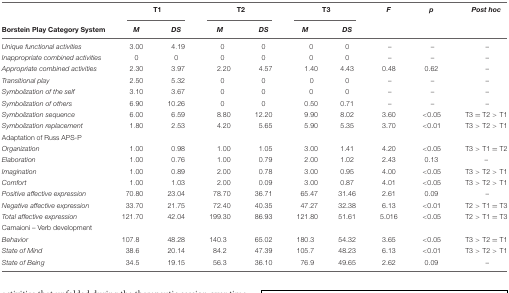
<table><thead><tr><td></td><td colspan="2"><b>T1</b></td><td colspan="2"><b>T2</b></td><td colspan="2"><b>T3</b></td><td><b><i>F</i></b></td><td><b><i>p</i></b></td><td><b><i>Post hoc</i></b></td></tr><tr><td><b>Borstein Play Category System</b></td><td><b><i>M</i></b></td><td><b><i>DS</i></b></td><td><b><i>M</i></b></td><td><b><i>DS</i></b></td><td><b><i>M</i></b></td><td><b><i>DS</i></b></td><td></td><td></td><td></td></tr></thead><tbody><tr><td><i>Unique functional activities</i></td><td>3.00</td><td>4.19</td><td>0</td><td>0</td><td>0</td><td>0</td><td>–</td><td>–</td><td>–</td></tr><tr><td><i>Inappropriate combined activities</i></td><td>0</td><td>0</td><td>0</td><td>0</td><td>0</td><td>0</td><td>–</td><td>–</td><td>–</td></tr><tr><td><i>Appropriate combined activities</i></td><td>2.30</td><td>3.97</td><td>2.20</td><td>4.57</td><td>1.40</td><td>4.43</td><td>0.48</td><td>0.62</td><td>–</td></tr><tr><td><i>Transitional play</i></td><td>2.50</td><td>5.32</td><td>0</td><td>0</td><td>0</td><td>0</td><td>–</td><td>–</td><td>–</td></tr><tr><td><i>Symbolization of the self</i></td><td>3.10</td><td>3.67</td><td>0</td><td>0</td><td>0</td><td>0</td><td>–</td><td>–</td><td>–</td></tr><tr><td><i>Symbolization of others</i></td><td>6.90</td><td>10.26</td><td>0</td><td>0</td><td>0.50</td><td>0.71</td><td>–</td><td>–</td><td>–</td></tr><tr><td><i>Symbolization sequence</i></td><td>6.00</td><td>6.59</td><td>8.80</td><td>12.20</td><td>9.90</td><td>8.02</td><td>3.60</td><td>&lt;0.05</td><td>T3 = T2 &gt; T1</td></tr><tr><td><i>Symbolization replacement</i></td><td>1.80</td><td>2.53</td><td>4.20</td><td>5.65</td><td>5.90</td><td>5.35</td><td>3.70</td><td>&lt;0.01</td><td>T3 &gt; T2 &gt; T1</td></tr><tr><td>Adaptation of Russ APS-P</td><td></td><td></td><td></td><td></td><td></td><td></td><td></td><td></td><td></td></tr><tr><td><i>Organization</i></td><td>1.00</td><td>0.98</td><td>1.00</td><td>1.05</td><td>3.00</td><td>1.41</td><td>4.20</td><td>&lt;0.05</td><td>T3 &gt; T1 = T2</td></tr><tr><td><i>Elaboration</i></td><td>1.00</td><td>0.76</td><td>1.00</td><td>0.79</td><td>2.00</td><td>1.02</td><td>2.43</td><td>0.13</td><td>–</td></tr><tr><td><i>Imagination</i></td><td>1.00</td><td>0.89</td><td>2.00</td><td>0.78</td><td>3.00</td><td>0.95</td><td>4.00</td><td>&lt;0.05</td><td>T3 &gt; T2 &gt; T1</td></tr><tr><td><i>Comfort</i></td><td>1.00</td><td>1.03</td><td>2.00</td><td>0.09</td><td>3.00</td><td>0.87</td><td>4.01</td><td>&lt;0.05</td><td>T3 &gt; T2 &gt; T1</td></tr><tr><td><i>Positive affective expression</i></td><td>70.80</td><td>23.04</td><td>78.70</td><td>36.71</td><td>65.47</td><td>31.46</td><td>2.61</td><td>0.09</td><td>–</td></tr><tr><td><i>Negative affective expression</i></td><td>33.70</td><td>21.75</td><td>72.40</td><td>40.35</td><td>47.27</td><td>32.38</td><td>6.13</td><td>&lt;0.01</td><td>T2 &gt; T1 = T3</td></tr><tr><td><i>Total affective expression</i></td><td>121.70</td><td>42.04</td><td>199.30</td><td>86.93</td><td>121.80</td><td>51.61</td><td>5.016</td><td>&lt;0.05</td><td>T2 &gt; T1 = T3</td></tr><tr><td>Camaioni – Verb development</td><td></td><td></td><td></td><td></td><td></td><td></td><td></td><td></td><td></td></tr><tr><td><i>Behavior</i></td><td>107.8</td><td>48.28</td><td>140.3</td><td>65.02</td><td>180.3</td><td>54.32</td><td>3.65</td><td>&lt;0.05</td><td>T3 &gt; T2 = T1</td></tr><tr><td><i>State of Mind</i></td><td>38.6</td><td>20.14</td><td>84.2</td><td>47.39</td><td>105.7</td><td>48.23</td><td>6.13</td><td>&lt;0.01</td><td>T3 &gt; T2 &gt; T1</td></tr><tr><td><i>State of Being</i></td><td>34.5</td><td>19.15</td><td>56.3</td><td>36.10</td><td>76.9</td><td>49.65</td><td>2.62</td><td>0.09</td><td>–</td></tr></tbody></table>